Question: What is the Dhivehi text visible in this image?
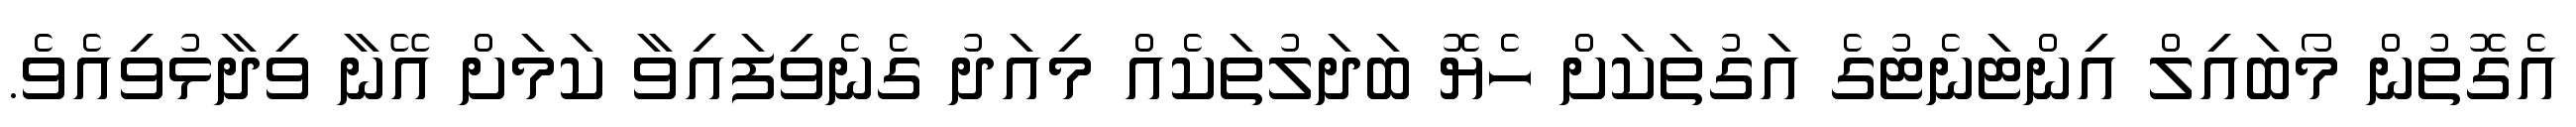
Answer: އެގޮތުން މޯބައިލް އިންޓަނެޓުގެ އަގުތަކަށް ހެޔޮ ބަދަލުތަކެއް މިއަދު ގެނެވިފައިވާ ކަމަށް އޭނާ ވިދާޅުވިއެވެ.